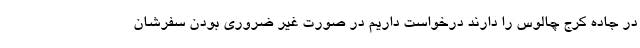
در جاده کرج چالوس را دارند درخواست داریم در صورت غیر ضروری بودن سفرشان